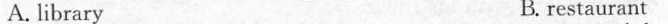
A. library B. restaurant